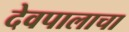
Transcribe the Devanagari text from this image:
देवपालाचा